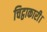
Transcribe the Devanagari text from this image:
चिट्ठाकारी।